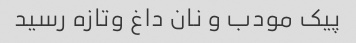
پیک مودب و نان داغ وتازه رسید